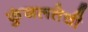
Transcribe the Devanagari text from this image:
कुंजलतेची